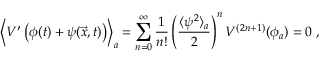
\left\langle V ^ { \prime } \left( \phi ( t ) + \psi ( \vec { x } , t ) \right) \right\rangle _ { a } = \sum _ { n = 0 } ^ { \infty } \frac { 1 } { n ! } \left( \frac { \langle \psi ^ { 2 } \rangle _ { a } } { 2 } \right) ^ { n } V ^ { ( 2 n + 1 ) } ( \phi _ { a } ) = 0 \; ,